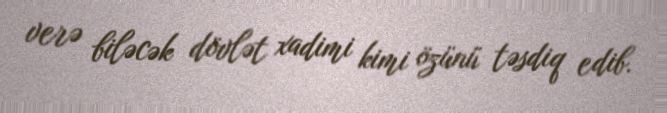
verə biləcək dövlət xadimi kimi özünü təsdiq edib.